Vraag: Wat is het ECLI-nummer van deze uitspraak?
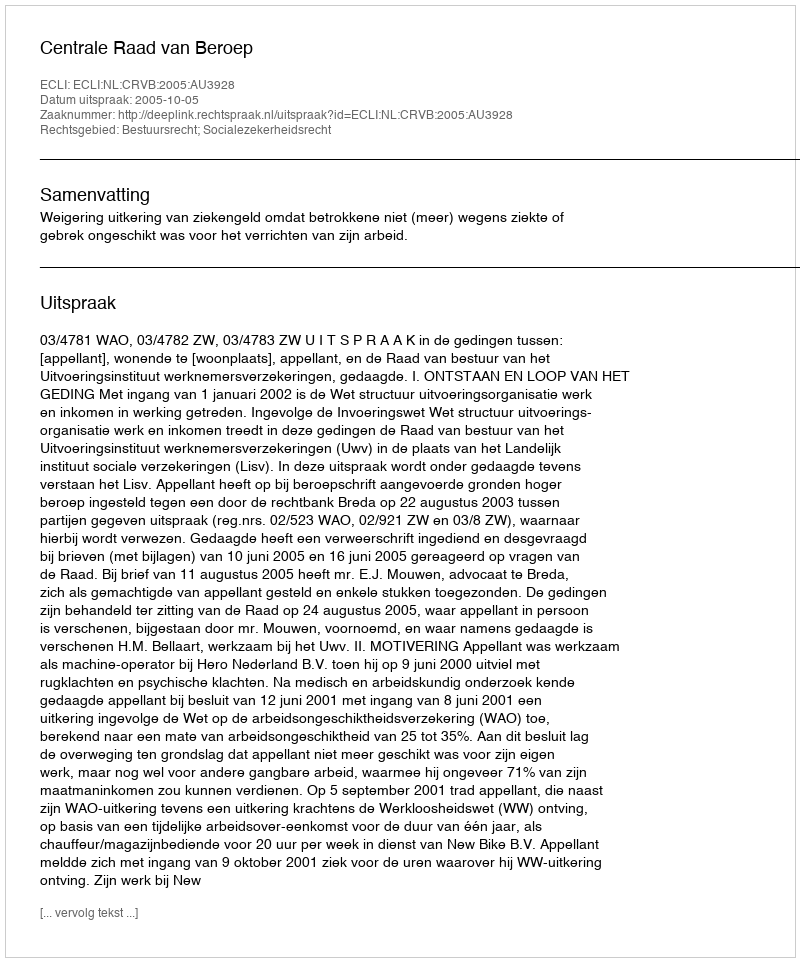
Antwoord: ECLI:NL:CRVB:2005:AU3928